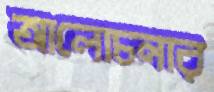
আলোচনার